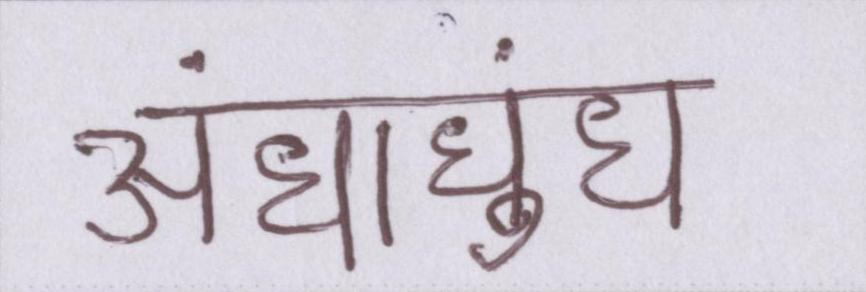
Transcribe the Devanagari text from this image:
अंधाधुंध